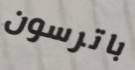
باترسون